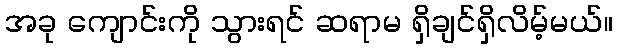
အခု ကျောင်းကို သွားရင် ဆရာမ ရှိချင်ရှိလိမ့်မယ်။